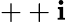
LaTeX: ++\mathbf{i}